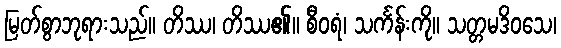
မြတ်စွာဘုရားသည်။ တိဿ၊ တိဿ၏။ စီဝရံ၊ သင်္ကန်းကို။ သတ္တမဒိဝသေ၊